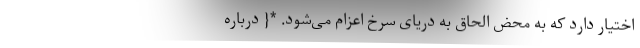
اختیار دارد که به محض الحاق به دریای سرخ اعزام می‌شود. *{ درباره